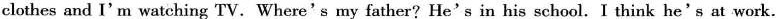
clothes and I'm watching TV.Where's my father? He's in his school. I think he's at work.